Vital statistics of India. Vol. VI, European troops 1870-79
Year: 1870
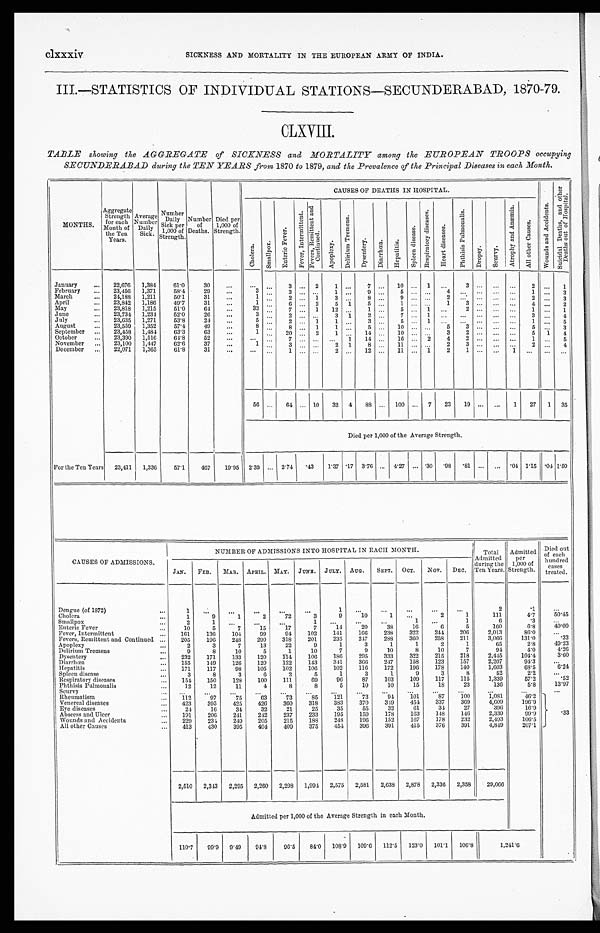
clxxxiv SICKNESS AND MORTALITY IN THE EUROPEAN ARMY OF INDIA.
III.—STATISTICS OF INDIVIDUAL STATIONS—SECUNDERA, 1870-79.
CLXVIII.
TABLE showing the AGGREGATE of SICKNESS and MORTALITY among the EUROPEAN TROOPS occupying
SECUNDERABAD during the TEN YEARS from 1870 to 1879, and the Prevalence of the Principal Diseases in each Month.
MONTHS.
Aggregate
Strength
for each
Month of
the Ten
Years.
Average
Number
Daily
Sick.
Number
Daily
Sick per
1,000 of
Strength.
Number
of
Deaths.
Died per
1,000 of
Strength.
CAUS ES OF DEATHS I N HOS P I TAL.
W o u n d s a n d A c c i d e n t s .
S u i c i d a l D e a t h s , a n d o t h e r D e a t h s o u t o f H o s p i t a l .
C h o l e r a
S ma l l p o x .
E n t e r i c F e v e r .
F e v e r , I n t e r m i t t e n t . F e v e r s R e m i t t e n t a n d C o n t i n u e d .
A p o p l e x y .
D e l i r i u m T r e m e n s .
D y s e n t e r y .
D i a r r h œ a . H e p a t i t i s .
S p l e e n d i s e a s e .
R e s p i r t o r y d i s e a s e s .
H e a r t d i s e a s e s .
P h t h i s i s P u l m o n a l i s .
Dropsy.
S e u r v y .
A t r o p h y a n d A n æ m i a .
A l l o t h e r C a u s e s .
January
2 2 , 6 7 6
1 , 3 8 4
6 1 . 0
3 0
. . .
. . .
. . .
3
. . .
2
1
. . .
7
. . .
1 0 . . .
1
. . .
3
. . .
. . .
. . .
2
. . .
1
February
2 3 , 4 5 6
1 , 3 7 1
5 8 . 4
2 9
. . .
3
. . .
3
. . .
. . .
1
. . .
9
. . .
5
. . .
. . .
4 . . .
. . .
. . .
. . .
1
. . .
3
March
2 4 , 1 8 8
1 , 2 1 1
5 0 . 1
3 1
. . .
1 . . .
2
. . .
1
3
. . .
8
. . .
9
. . .
. . .
2
. . .
. . .
. . .
. . .
2
. . .
3
April
2 3 , 8 4 2
1 , 1 8 6
4 9 . 7
3 1
. . .
1
. . .
6
. . .
2
5
1
5
. . .
1
. . .
. . .
1
3
. . .
. . .
. . .
4
. . .
2
May
2 3 , 8 1 8
1 , 2 1 5
5 1 . 0
6 4
. . .
3 3
. . .
7
. . .
1
1 2
. . .
1
. . .
5
. . .
1
. . .
2
. . .
. . .
. . .
1
. . .
1
June
2 3 , 7 3 4
1 , 2 3 4
5 2 . 0
2 6
. . .
3
. . .
2
. . .
. . .
3
1
2
. . .
7
. . .
1
. . .
. . .
. . .
. . .
. . .
3
. . .
4
July
2 3 , 6 3 5
1 , 2 7 1
5 3 . 8
2 4
. . .
5
. . .
2
. . . 1
1
. . .
3
. . .
5
. . .
1
. . .
. . .
. . .
. . .
. . .
1
. . .
5
August
2 3 , 5 5 9
1 , 3 5 2
5 7 . 4
4 9
. . .
8
. . .
8
. . .
1
1
. . .
5
. . .
1 0
. . .
. . .
5
3
. . .
. . .
. . .
5
. . .
3
September
2 3 , 4 5 8
1 , 4 8 4
6 3 . 3
6 3
. . .
1
. . .
2 0
. . .
2
1 . . .
1 4 . . .
1 0 . . . . . .
3
2
. . .
. . .
. . .
5
1
4
October
2 3 , 3 9 0
1 , 5 1 6
6 4 . 8
5 2
. . .
. . .
. . .
7
. . .
. . .
. . .
1
1 4
. . .
1 6
. . .
2
4
2
. . .
. . .
. . .
1
. . .
5
November
2 3 , 1 0 0
1 , 4 4 7
6 2 . 6
3 7
. . .
1
. . .
3
. . .
. . .
2
1
8
. . .
1 1
. . .
. . .
2
3
. . .
. . .
. . .
2
. . .
4
December
2 2 , 0 7 1
1 , 3 6 5
6 1 . 8
3 1
. . .
. . .
. . .
1
. . .
. . .
2
. . .
1 2 . . .
1 1
. . .
1
2
1
. . .
. . .
1
. . .
. . .
. . .
56 ...
64 ... 10 32 4
88 ... 100 ... 7
23
19 ...
. . .
1
27 1
3 5
D i e d p e r 1 , 0 0 0 o f t h e A v e r a g e S t r e n g t h .
For the Ten Years
23,411
1,336
5 7 . 1
467
1 9 . 9 5 2.39 ... 2.74
.43
1.37 .17 3.76 ... 4.27
. . . .30
. 9 8 .81 ...
...
. 0 4 1.15
. 0 4 1 . 5 0
CAUSES OF ADMISSIONS.
NUMBER OF ADMISSIONS INTO HOSPITAL IN EACH MONTH.
Total
Admitted
during the
Ten Years.
Admitted
per
1,000 of
Strength.
Di ed out of each hundr ed cases t r eat ed.
JAN.
FEB.
MAR.
APRIL. MAY. JUNE.
JULY. AUG.
SEPT.
OCT.
NOV. DEC.
Dengue (of 1872)
1
. . .
. . .
. . .
. . .
. . .
1
. . .
. . .
. . .
. . .
. . .
2
. 1
. . .
Cholera
1
9
1
2
7 2
3
9
1 0
1
. . .
2
1
1 1 1
4 . 7
5 0 . 4 5
Smallpox
2
1 . . .
. . .
. . .
1
. . .
. . .
. . .
1
. . .
1
6
. 3
. . .
Enteric Fever
1 0
5
7
1 5
1 7
7
1 4
2 0
3 8
1 6
6
5
1 6 0
6 . 8
4 0 . 0 0
Fever, Intermittent
1 6 1
1 3 6
1 0 4
9 9
9 4
1 0 2
1 4 1
1 6 6
2 3 8
3 2 2
2 4 4
2 0 6
2 , 0 1 3
8 6 . 0
. . .
Fevers, Remittent and Continued
2 0 5
1 9 6
2 4 8
2 9 9
3 1 8
2 0 1
2 3 5
2 4 7
2 8 8
3 6 0
2 5 8
2 1 1
3 , 0 6 6
1 3 1 . 0
. 3 3
Apoplexy
2
3
7
1 3
2 2
9
1
3
1
1
2
1
6 5
2 . 8
4 9 . 2 3
Delirium Tremens
9
8
1 0
5
1
1 0
7
9
1 0
8
1 0
7
9 4
4 . 0
4 . 2 6
Dysentery
2 3 2
1 7 1
1 3 3
1 2 0
1 1 4
1 0 6
1 8 6
2 9 5
3 3 3
3 2 2
2 1 5
2 1 8
2 , 4 4 5
1 0 4 . 4
3 . 6 0
Diarrhœa
1 5 5
1 4 9
1 2 6
1 2 0
1 2 2
1 4 3
3 4 1
3 6 6
2 4 7
1 5 8
1 2 3
1 5 7
2 , 2 0 7
9 4 . 3
. . .
Hepatitis
1 7 1
1 1 7
9 8
1 0 5
1 0 2
1 0 6
1 0 2
1 1 6
1 7 2
1 9 6
1 7 8
1 4 0
1 , 6 0 3
6 8 . 5
6 . 2 4
Spleen disease
3
8
3
6
2
5
1
3
1
9
3
8
5 2
2 . 2
. . .
Respiratory diseases
1 5 4
1 5 0
1 2 8
1 0 0
1 1 1
6 9
9 6
8 7
1 0 3
1 0 9
1 1 7
1 1 5
1 , 3 3 9
5 7 . 2
. 5 2
Phthisis Pulmonalis
1 2
1 2
1 1
4
8
8
5
1 0
1 0
1 5
1 8
2 3
1 3 6
5 . 8
1 3 . 9 7
Seurvy
. . .
. . .
. . .
. . .
. . .
. . .
. . .
. . .
. . .
. . .
. . .
. . .
. . .
. . .
. 3 3 . . .
Rheumatism
1 1 2
9 7
7 5
6 3
7 3
8 5
1 2 1
7 3
9 4
1 0 1
8 7
1 0 0
1 , 0 8 1
4 6 . 2
Venereal diseases
4 2 3
3 9 5
4 2 5
4 2 6
3 6 0
3 1 8
3 8 3
3 7 0
3 4 9
4 5 4
3 3 7
3 6 9
4 , 6 0 9
1 9 6 . 9
Eye diseases
2 4
1 6
3 4
3 2
2 1
2 5
3 5
5 5
3 2
6 1
3 4
2 7
3 6 9
1 6 . 9
Abscess and Ulcer
1 9 1
2 0 6
2 4 1
2 4 2
2 3 7
2 3 3
1 9 5
1 5 9
1 7 8
1 6 3
1 4 8
1 4 6
2 , 3 3 9
9 9 . 9
Wounds and Accidents
2 2 9
2 3 4
2 4 9
2 0 5
2 1 5
1 8 8
2 4 8
1 9 6
1 5 2
1 6 7
1 7 8
2 3 2
2 , 4 9 3
1 0 6 . 5
All other Causes
4 1 3
4 3 0
3 9 5
4 0 4
4 0 9
3 7 5
4 5 4
3 9 6
3 9 1
4 1 5
3 7 6
3 9 1
4 , 8 4 9
2 0 7 . 1
2 , 5 1 0
2 , 3 4 3
2 , 2 9 5
2 , 2 6 0
2 , 2 9 8
1 , 9 9 4
2 , 5 7 5
2 , 5 8 1
2 , 6 3 8
2 , 8 7 8
2 , 3 3 6
2 , 3 5 8
2 9 , 0 6 6
Admitted per 1,000 of the Average Strength in each Month.
1 1 0 . 7
9 9 . 9
9 . 4 9
9 4 . 8
9 6 . 5
8 4 . 0
1 0 8 . 9
1 0 9 . 6
1 1 2 . 5
1 2 3 . 0
1 0 1 . 1
1 0 6 . 8
1 , 2 4 1 . 6